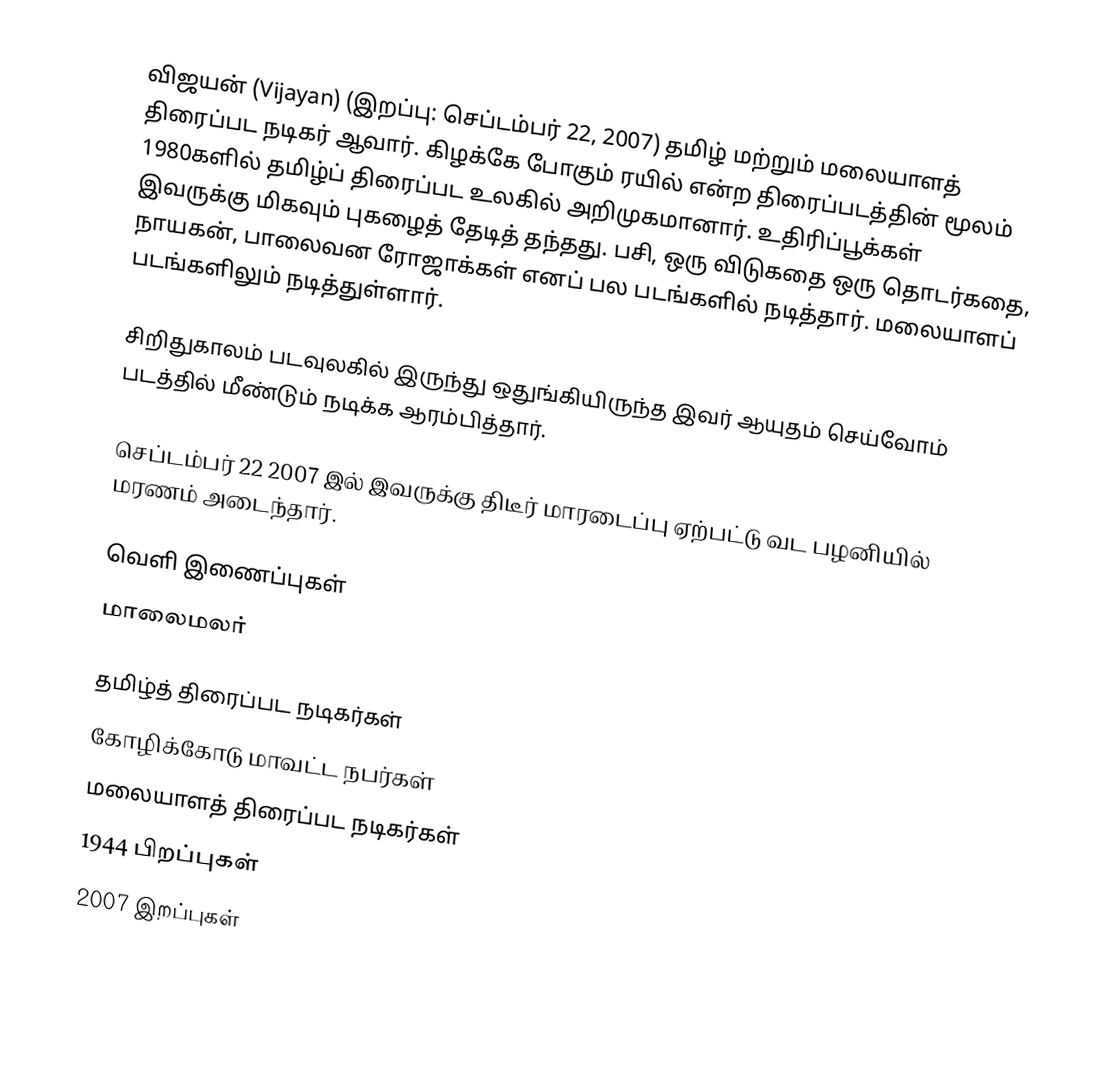
விஜயன் (Vijayan) (இறப்பு: செப்டம்பர் 22, 2007) தமிழ் மற்றும் மலையாளத் திரைப்பட நடிகர் ஆவார். கிழக்கே போகும் ரயில் என்ற திரைப்படத்தின் மூலம் 1980களில் தமிழ்ப் திரைப்பட உலகில் அறிமுகமானார். உதிரிப்பூக்கள் இவருக்கு மிகவும் புகழைத் தேடித் தந்தது. பசி, ஒரு விடுகதை ஒரு தொடர்கதை, நாயகன், பாலைவன ரோஜாக்கள் எனப் பல படங்களில் நடித்தார். மலையாளப் படங்களிலும் நடித்துள்ளார்.

சிறிதுகாலம் படவுலகில் இருந்து ஒதுங்கியிருந்த இவர் ஆயுதம் செய்வோம் படத்தில் மீண்டும் நடிக்க ஆரம்பித்தார்.

செப்டம்பர் 22 2007 இல் இவருக்கு திடீர் மாரடைப்பு ஏற்பட்டு வட பழனியில் மரணம் அடைந்தார்.

வெளி இணைப்புகள்
 மாலைமலர்

தமிழ்த் திரைப்பட நடிகர்கள்
கோழிக்கோடு மாவட்ட நபர்கள்
மலையாளத் திரைப்பட நடிகர்கள்
1944 பிறப்புகள்
2007 இறப்புகள்